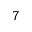
7